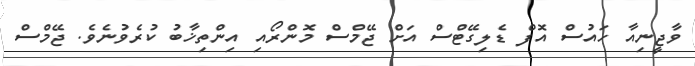
ވާޖީނިއާ ހައުސް އޮފް ޑެލިގޭޓްސް އަށް ޖޭމްސް މޮންރޯއި އިންތިޚާބު ކުރެވުނެވެ. ޖޭމްސް